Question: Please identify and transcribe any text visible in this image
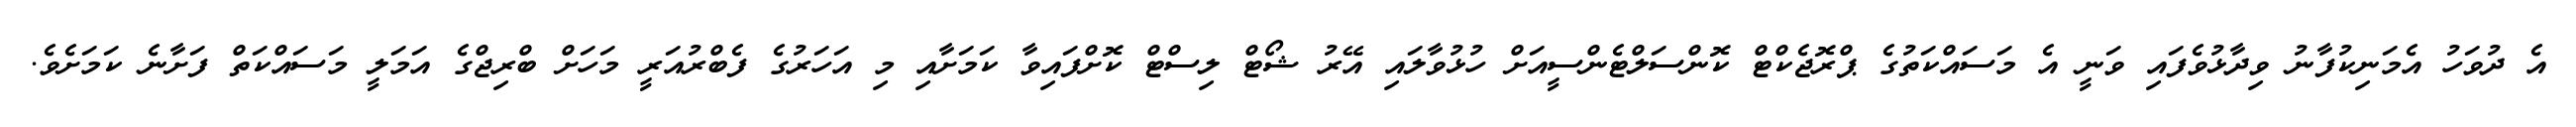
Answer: އެ ދުވަހު އެމަނިކުފާނު ވިދާޅުވެފައި ވަނީ އެ މަސައްކަތުގެ ޕްރޮޖެކްޓް ކޮންސަލްޓެންސީއަށް ހުޅުވާލައި އޭރު ޝޯޓް ލިސްޓް ކޮށްފައިވާ ކަމަށާއި މި އަހަރުގެ ފެބްރުއަރީ މަހަށް ބްރިޖްގެ އަމަލީ މަސައްކަތް ފަށާނެ ކަމަށެވެ.